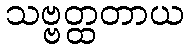
သဗ္ဗတ္ထတာယ